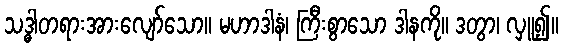
သဒ္ဓါတရားအားလျော်သော။ မဟာဒါနံ၊ ကြီးစွာသော ဒါနကို။ ဒတွာ၊ လှူ၍။